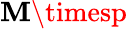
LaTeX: \mathbf{M}\timesp